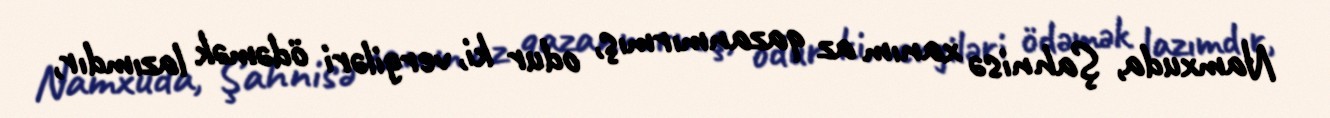
Namxuda, Şahnisə xanım az qazanmırmış, odur ki, vergiləri ödəmək lazımdır,